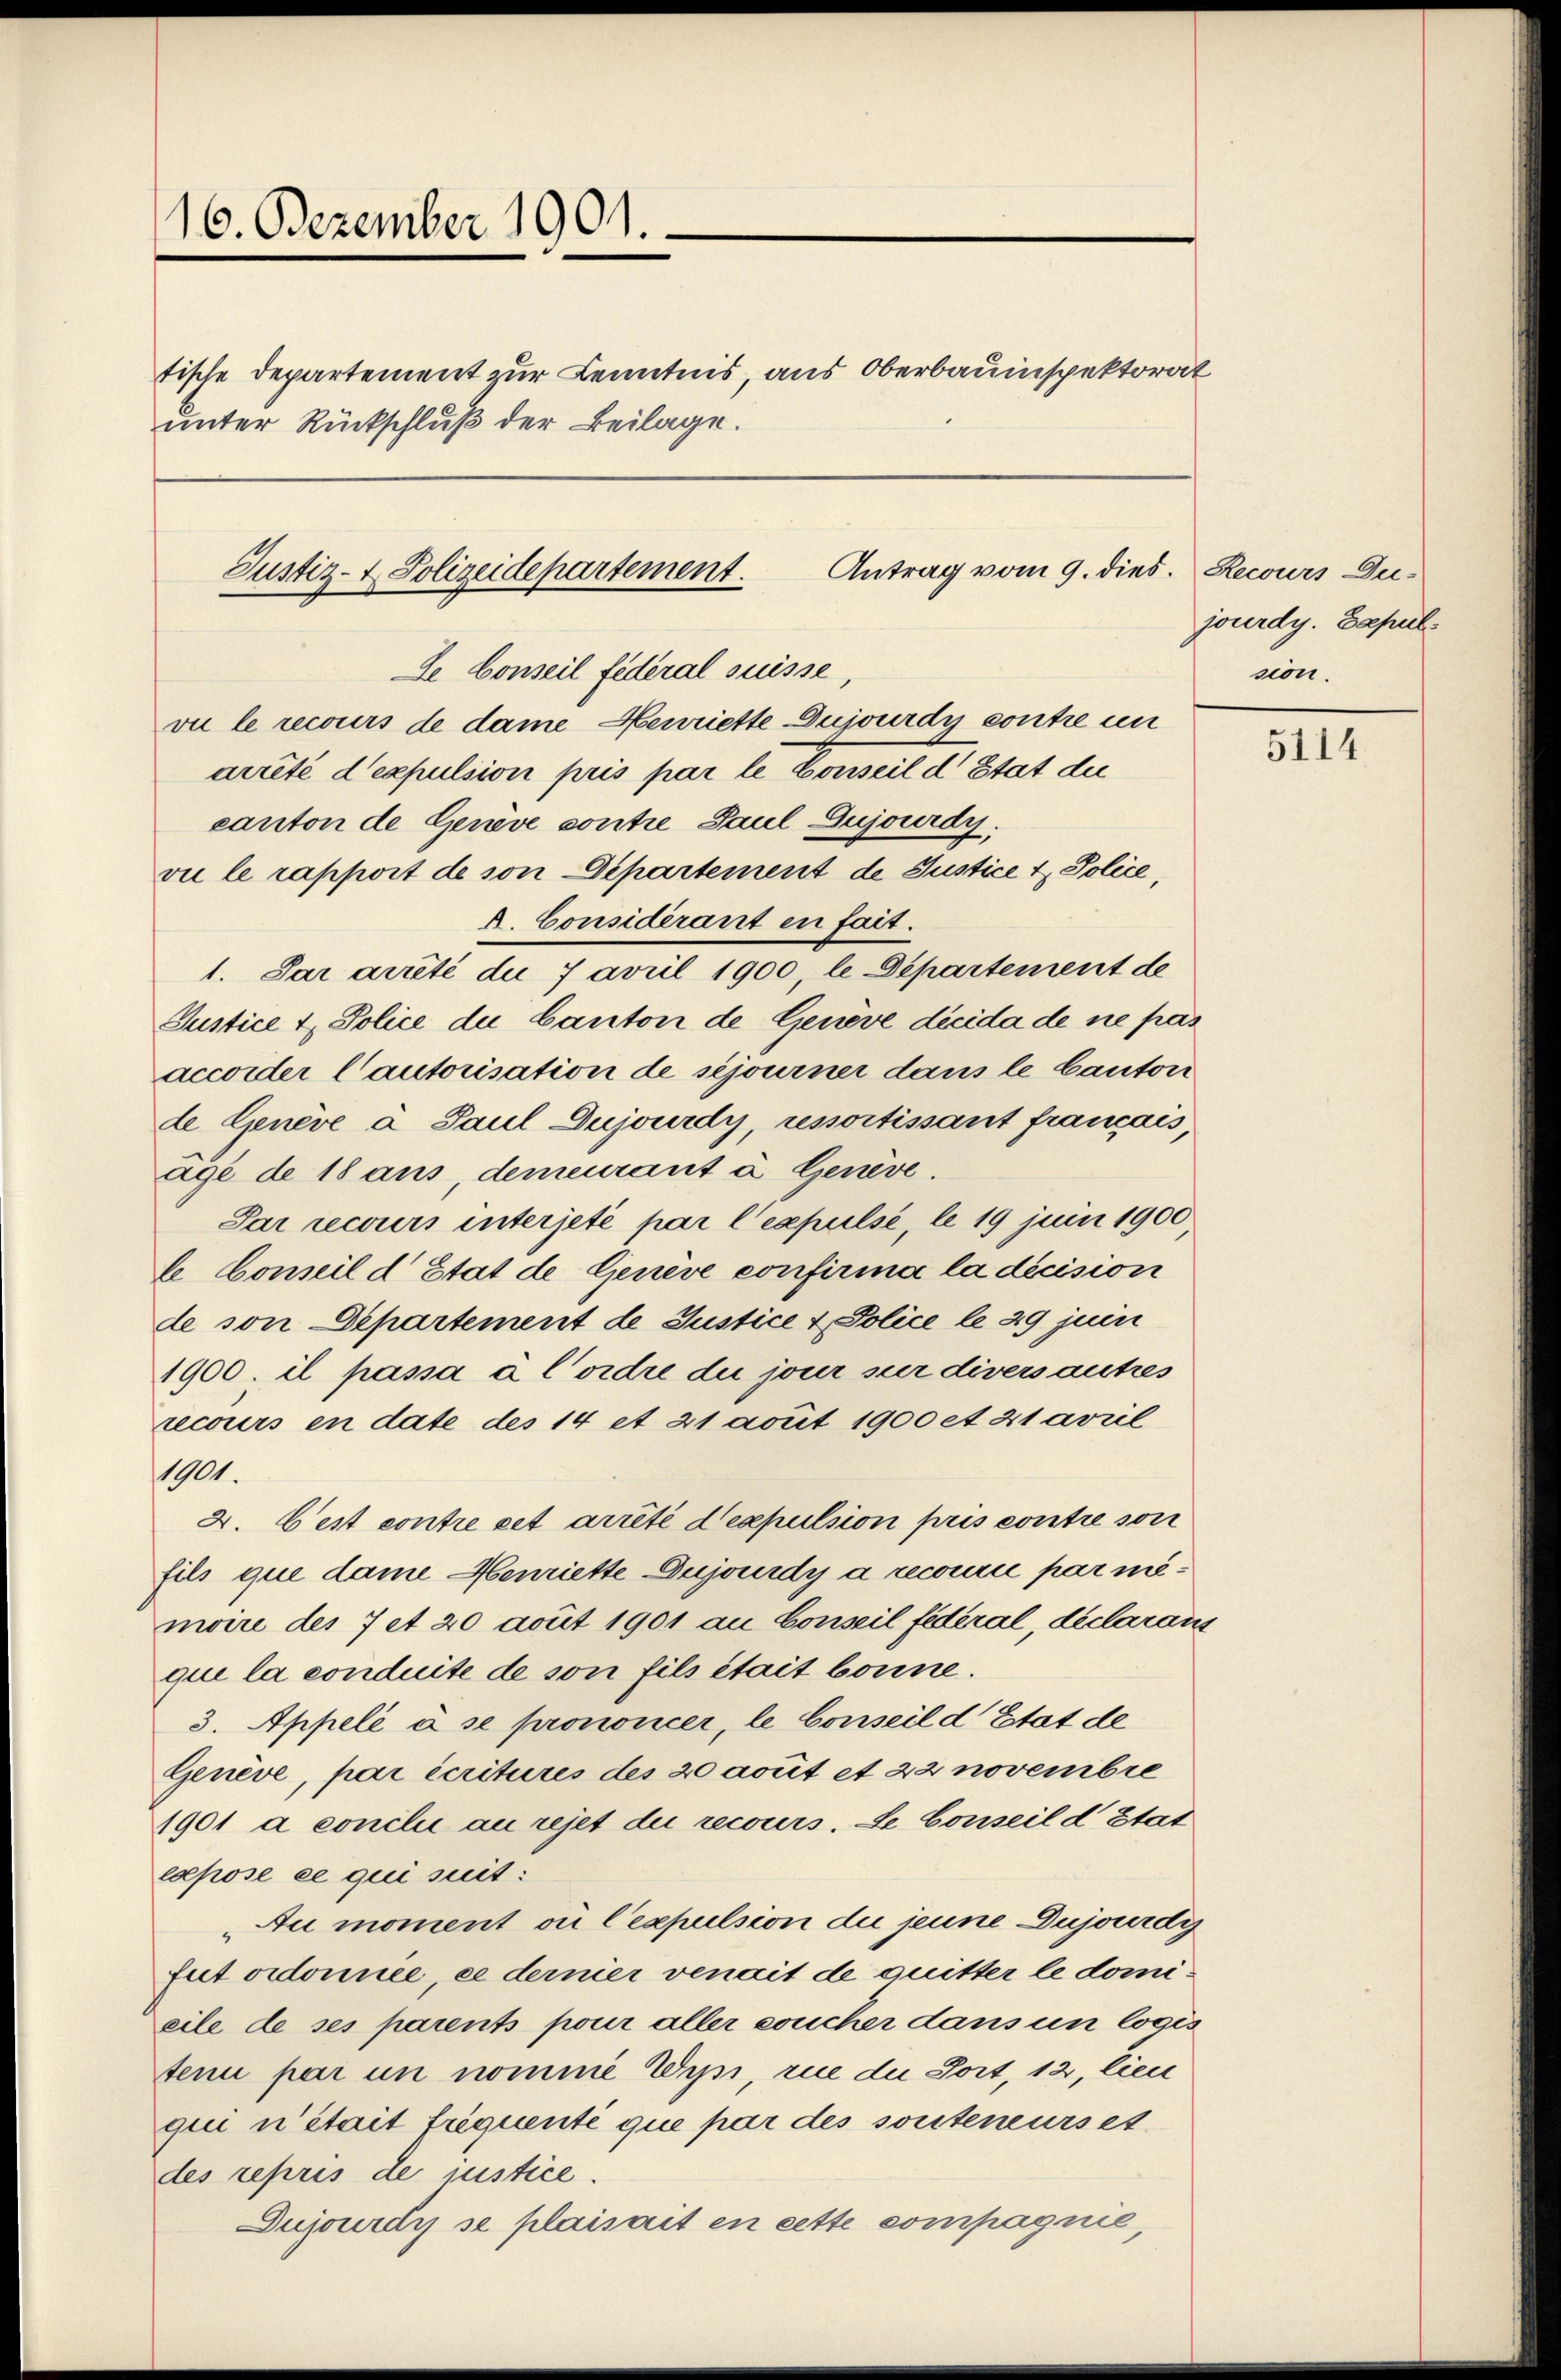
16. Dezember 1901.
tische Departement zur Kenntnis, aus Oberbauinspektorat
unter Rückschluß der Beilage.

Justiz- & Polizeidepartement.
Se Conseil fédéral suisse,
vu le recours de dame Henriette Dujourdy contre un

Antrag vom 9. dies. Recours Du-

arreté d’expulsion pris par le Conseil d Etat die
canton de Genève contre Paul Dujourdy,
vie le rapport de von Departement de Justice & Police
A. Considerant en fait.
1. Par arrêté du 7 avril 1900 le Departement de
Justice & Police du Canton de Geneve dicida de ne pas
accorder Cautorisation de séjourner dans le Canton
de Geneve à Paul Dujourdy, ressortissant francais
age de 18 aus, demeurant à Genève.
Par recours interjeté par l’expulse le 19 juin 1900
le Conseil d’Etat de Geneve confirma la décision
de von Departement de Justice & Police le 29 juin
1900. il passa à l’ordre du jour sur divers autres
recours en date des 14 et 21 acuit 1900 et 21 avril
1901.
2. Cest contre cet arrêté dexpulsion pris contre son
fils que dame Henriette Dujourdy a recourie par memoire des 7 et 20 acuit 1901 au Conseil fédéral, declarans
qui la conduite de son fils était bonne.
3. Appelé à se prononcer, le Conseil d Etat de
Genève, par écritures des 20 acuit et 22 novembre
1901 a conclu au rejet die recours. Le Conseil d’Etat
expose ce qui suit:
Au moment ou Cexpulsion die jeune Dujourdig
fut ordonnée, ce dernier venait de quitter le domieile de ses parents pour aller soucher dans un logis
tenu par un nomme Wipi, rue die Port, 12, lien
qui n’était frequenté que par des souteneurs et
des repris de justice.
Dujourdy se plaisait en cette compagnie

jourdy. Zapul
non.

5114